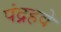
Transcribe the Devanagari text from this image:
पंद्रहवे